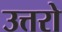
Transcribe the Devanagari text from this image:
उत्तरो